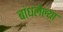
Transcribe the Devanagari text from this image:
बांधलेल्य़ा